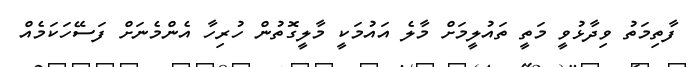
ފާތިމަތު ވިދާޅުވީ މަތީ ތައުލީމަށް މާލެ އައުމަކީ މާލީގޮތުން ހުރިހާ އެންމެނަށް ފަސޭހަކަމެއް